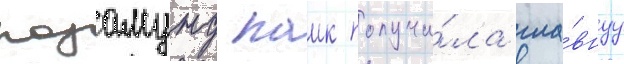
розамунд паик получи́ла гла́внуу